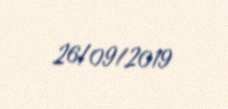
26/09/2019